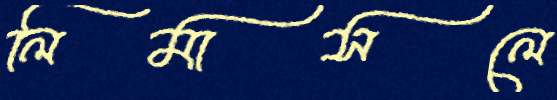
লিমাসলে